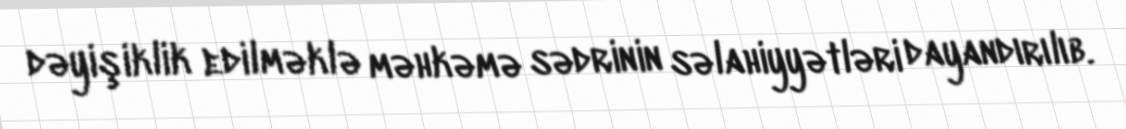
dəyişiklik edilməklə məhkəmə sədrinin səlahiyyətləri dayandırılıb.